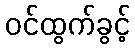
ဝင်ထွက်ခွင့်